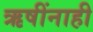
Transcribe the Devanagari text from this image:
ऋषींनाही